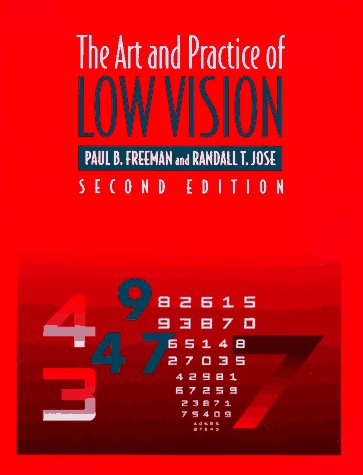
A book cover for The Art and Practice of Low Vision, 2e; Paul Freeman OD  FAAO  FCOVD  Diplomate in Low Vision; Medical Books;